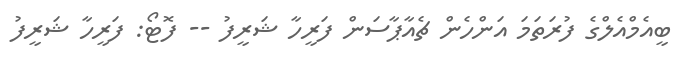
ބީއެމްއެލްގެ ފުރަތަމަ އަންހެން ޗެއާޕާސަން ފަރީހާ ޝަރީފު -- ފޮޓޯ: ފަރީހާ ޝަރީފު